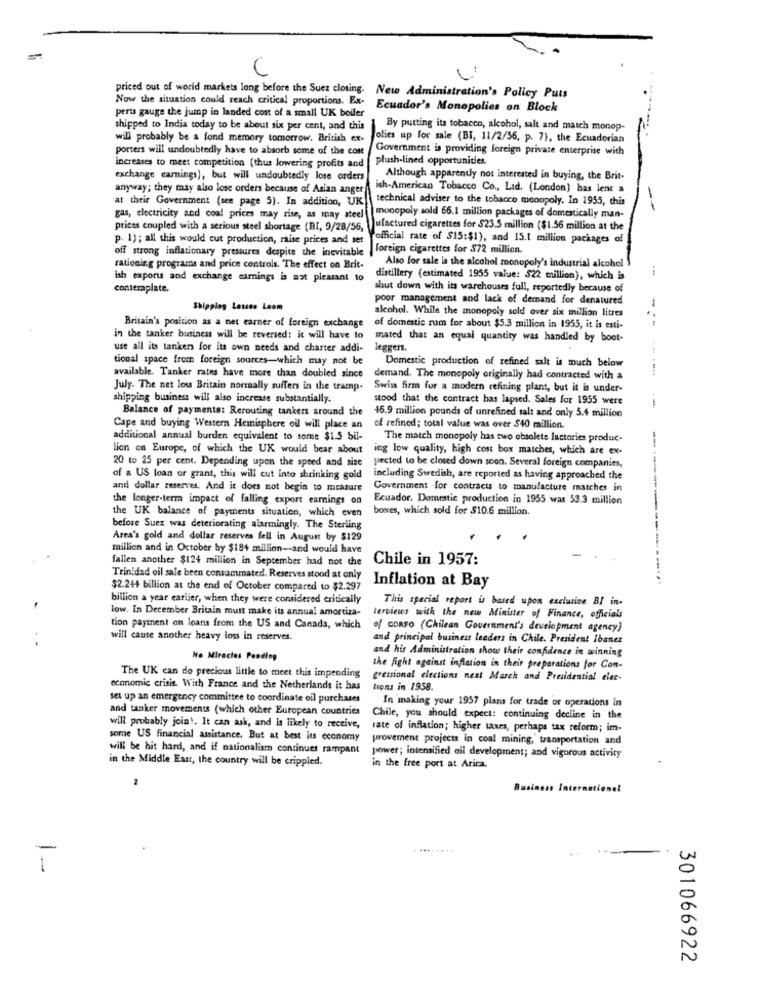
priced out of world markets long before the Suez closing. New Administration's Policy Puts
Now the situation could reach critical proportions. Ex-
Ecuador's Monopolies on Block
perts gauge the jump in landed cost of a small UK boiler
shipped to India today to be about six per cent, and this
By putting its tobacco, alcohol, salt and match monop-
will probably be a fond memory tomorrow. British ex-
Jolies up for sale (BI, 11/2/56, p. 7), the Ecuadorian
porters will undoubtedly have to absorb some of the cost
Government is providing foreign private enterprise with
plush-lined opportunities.
increases to meet competition (thus lowering profits and
exchange earnings), but will undoubtedly lose orders
Although apparently not interested in buying, the Brit-
anyway; they may also lose orders because of Asian anger
ish-American Tobacco Co ., Lad. (London) has lent a
at their Government (see page 5). In addition, UK
technical adviser to the tobacco monopoly. In 1955, this
--
gas, electricity and coal prices may rise, as may steel
monopoly sold 66.1 million packages of domestically man-
prices coupled with a serious steel shortage (BI, 9/28/56,
ufactured cigarettes for $23.5 million ($1.56 million at the
p. 1); all this would cut production, raise prices and set
official rate of $15:$1), and 15.1 million packages of
off strong inflationary pressures despite the inevitable
foreign cigarettes for $72 million.
rationir.g programs and price controls. The effect on Brit-
Also for sale is the alcohol monopoly's industrial alcohol
ish exports and exchange earnings is nat pleasant to
distillery (estimated 1955 value: $22 million), which is
contemplate.
shut down with its warehouses full, reportedly because of
poor management and lack of demand for denatured
Shipping Losses Loom
alcohol. While the monopoly sold over six million litres
-
Britain's position as a net earner of foreign exchange
of domestic rum for about $5.3 million in 1955, it is esti-
in the tanker business will be reversed: it will have to
mated that an equal quantity was handled by boot-
use all its tankers for its own needs and charter addi-
legger.
tional space from foreign sources-which may not be
Domestic production of refined salt is much below
available. Tanker rates have more than doubled since
demand. The monopoly originally had contracted with a
July. The net low Britain normally suffers in the tramp.
Swiss firm for a modern refining plant, but it is under-
shipping business will also increase substantially.
stood that the contract has lapsed. Sales for 1955 were
Balance of payments: Rerouting tankers around the
16.9 million pounds of unrefined salt and only 5.4 million
Cape and buying Western Hemisphere oil will place an
of refined; total value was over $40 million.
additional annual burden equivalent to some $1.5 bil-
The match monopoly has two obsolete factories produc.
lion on Europe, of which the UK would bear about
ing low quality, high cost box matches, which are ex-
20 to 25 per cent. Depending upon the speed and size
pected to be closed down soon. Several foreign companies,
of a US loan or grant, this will cut into shrinking gold
including Swedish, are reported as having approached the
and dollar reserves, And it does not begin to measure
Government -for contracts to manufacture matches in
the longer-term impact of falling export earnings on
Ecuador. Domestic production in 1955 was 53.3 million
the UK balance of payments situation, which even
boxes, which sold for $10.6 million.
before Suez was deteriorating alarmingly. The Sterling
Area's gold and dollar reserves fell in August by $129
million and in October by $184 million -- and would have
fallen another $124 million in September had not the
Chile in 1957:
Trinidad oil sale been consummated. Reserves stood at only
--------------
$2.244 billion at the end of October compared to $2.297
Inflation at Bay
billion a year earlier, when they were considered critically
This special report is based upon exclusive BI in-
low. In December Britain must make its annual amortiza-
terviews with the new Minister of Finance, officials
tion payment on loans from the US and Canada, which
of CORSO (Chilean Government's development agency)
will cause another heavy loss in reserves.
and principal business leaders in Chile. President Ibanez
and his Administration show their confidence in winning
No Miracles Pending
the fight against inflation in their preparations for Con-
The UK can do precious little to meet this impending
gressional elections next March and Presidential elec-
economic crisis. With France and the Netherlands it has
tions in 1958.
set up an emergency committee to coordinate oil purchases
In making your 1957 plans for trade or operations in
and tanker movements (which other European countries
Chile, you should expect: continuing decline in the
will probably join !. It can ask, and is likely to receive,
rate of inflation; higher taxes, perhaps tax reform; im-
some US financial assistance. But at best its economy
provement projects in coal mining, transportation and
will be hit hard, and if nationalism continues rampant
in the Middle East, the country will be crippled.
power; intensified ail development; and vigorous activity
in the free port at Arica.
Business International
-
. ....
...
1
301066922